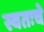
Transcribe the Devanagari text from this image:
स्वतःचे